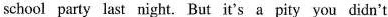
school party last night. But it's a pity you didn't